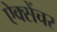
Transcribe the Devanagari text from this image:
ऐक्सेंचर